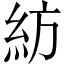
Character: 紡